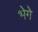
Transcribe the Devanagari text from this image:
भेगे